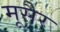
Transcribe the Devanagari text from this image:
मूसैर